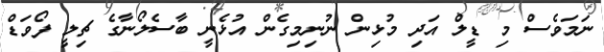
ނަމަވެސް މި ޑީލް އަދި މުޅިން ނުނިމިގެން އުޅެނީ ބާސެލޯނާގެ ޗިލީ ފޯވަޑް